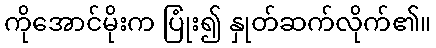
ကိုအောင်မိုးက ပြုံး၍ နှုတ်ဆက်လိုက်၏။